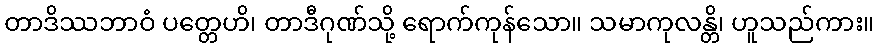
တာဒိဿဘာဝံ ပတ္တေဟိ၊ တာဒီဂုဏ်သို့ ရောက်ကုန်သော။ သမာကုလန္တိ၊ ဟူသည်ကား။